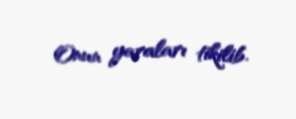
Onun yaraları tikilib.